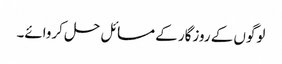
لوگوں کے روزگار کے مسائل حل کروائے۔